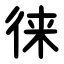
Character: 徕